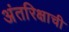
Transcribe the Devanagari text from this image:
अंतरिक्षाची